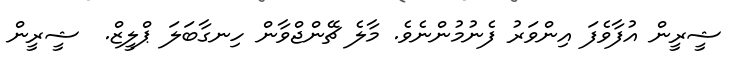
ޝީރީން އުފާވެފަ އިންވަރު ފެނުމުންނެވެ. މާލެ ޗޭންޖްވާން ހިނގާބަލަ ޕްލީޒް.  ޝީރީން